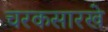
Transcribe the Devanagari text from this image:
चरकसारखे